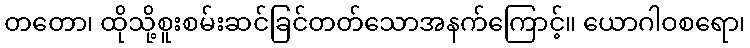
တတော၊ ထိုသို့စူးစမ်းဆင်ခြင်တတ်သောအနက်ကြောင့်။ ယောဂါဝစရော၊